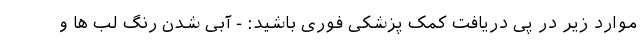
موارد زیر در پی دریافت کمک پزشکی فوری باشید: - آبی شدن رنگ لب ها و